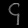
Digit: ၄